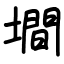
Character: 墹